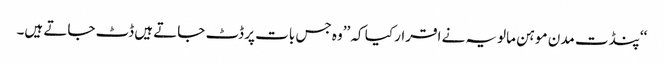
‘‘پنڈت مدن موہن مالویہ نے اقرار کیا کہ ’’وہ جس بات پر ڈٹ جاتے ہیں ڈٹ جاتے ہیں۔